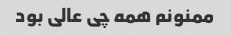
ممنونم همه چی عالی بود